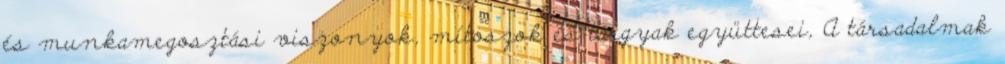
és munkamegosztási viszonyok, mítoszok és tárgyak együttesei, A társadalmak